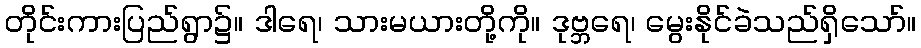
တိုင်းကားပြည်ရွာ၌။ ဒါရေ၊ သားမယားတို့ကို။ ဒုဗ္ဘရေ၊ မွေးနိုင်ခဲသည်ရှိသော်။